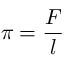
\pi = { \frac { F } { l } }